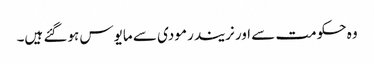
وہ حکومت سے اور نریندر مودی سے مایوس ہوگئے ہیں۔